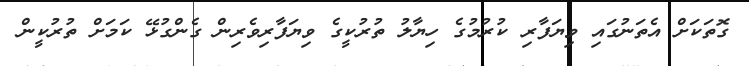
ގޮތަކަށް އެތަނުގައި ވިޔަފާރި ކުރުމުގެ ހިޔާލު ތުރުކީގެ ވިޔަފާރިވެރިން ގެންގުޅޭ ކަމަށް ތުރުކީން